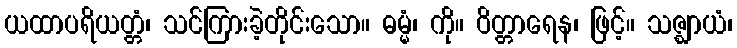
ယထာပရိယတ္တံ၊ သင်ကြားခဲ့တိုင်းသော။ ဓမ္မံ၊ ကို။ ဝိတ္တာရေန၊ ဖြင့်။ သဇ္ဈာယံ၊